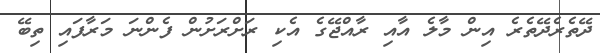
ދޭތެރެދޭތެރެ އިން މާލެ އާއި ރާއްޖޭގެ އެކި ރަށްރަށުން ފެންނަ މަރާފައި ތިބޭ